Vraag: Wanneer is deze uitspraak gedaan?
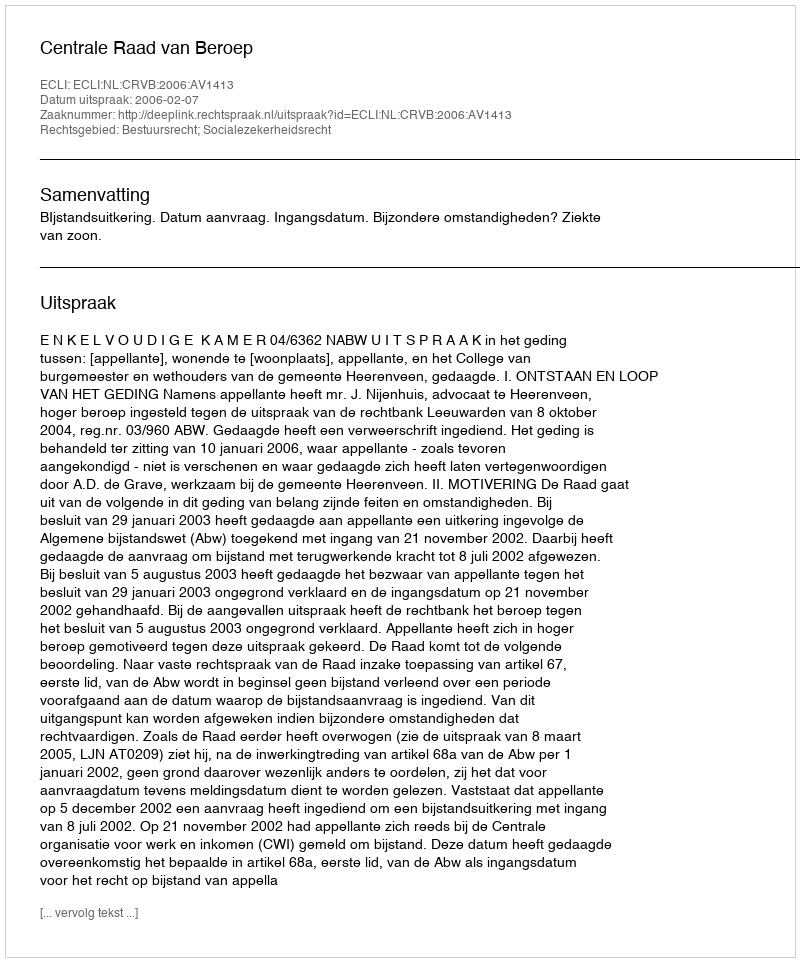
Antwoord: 2006-02-07